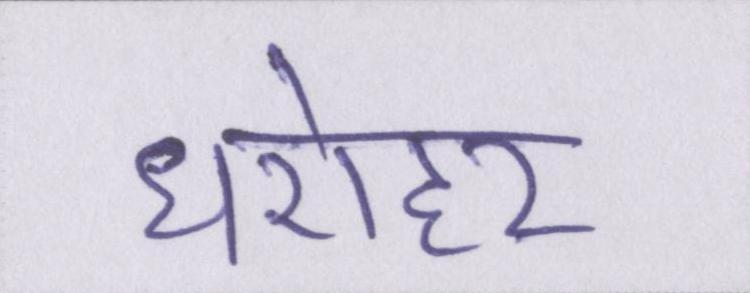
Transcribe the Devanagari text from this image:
धरोहर